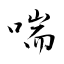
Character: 喘